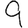
Digit: 9